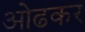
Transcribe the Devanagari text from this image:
ओढकर